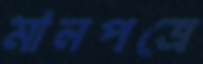
মানপত্রে